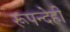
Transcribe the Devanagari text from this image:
रूपन्देही